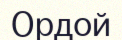
Ордой